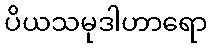
ပိယသမုဒါဟာရော